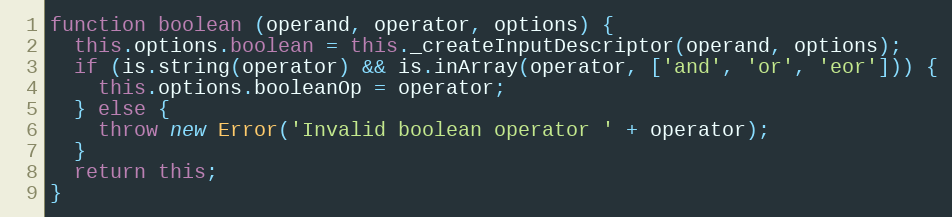
Language: JavaScript
function boolean (operand, operator, options) {
  this.options.boolean = this._createInputDescriptor(operand, options);
  if (is.string(operator) && is.inArray(operator, ['and', 'or', 'eor'])) {
    this.options.booleanOp = operator;
  } else {
    throw new Error('Invalid boolean operator ' + operator);
  }
  return this;
}